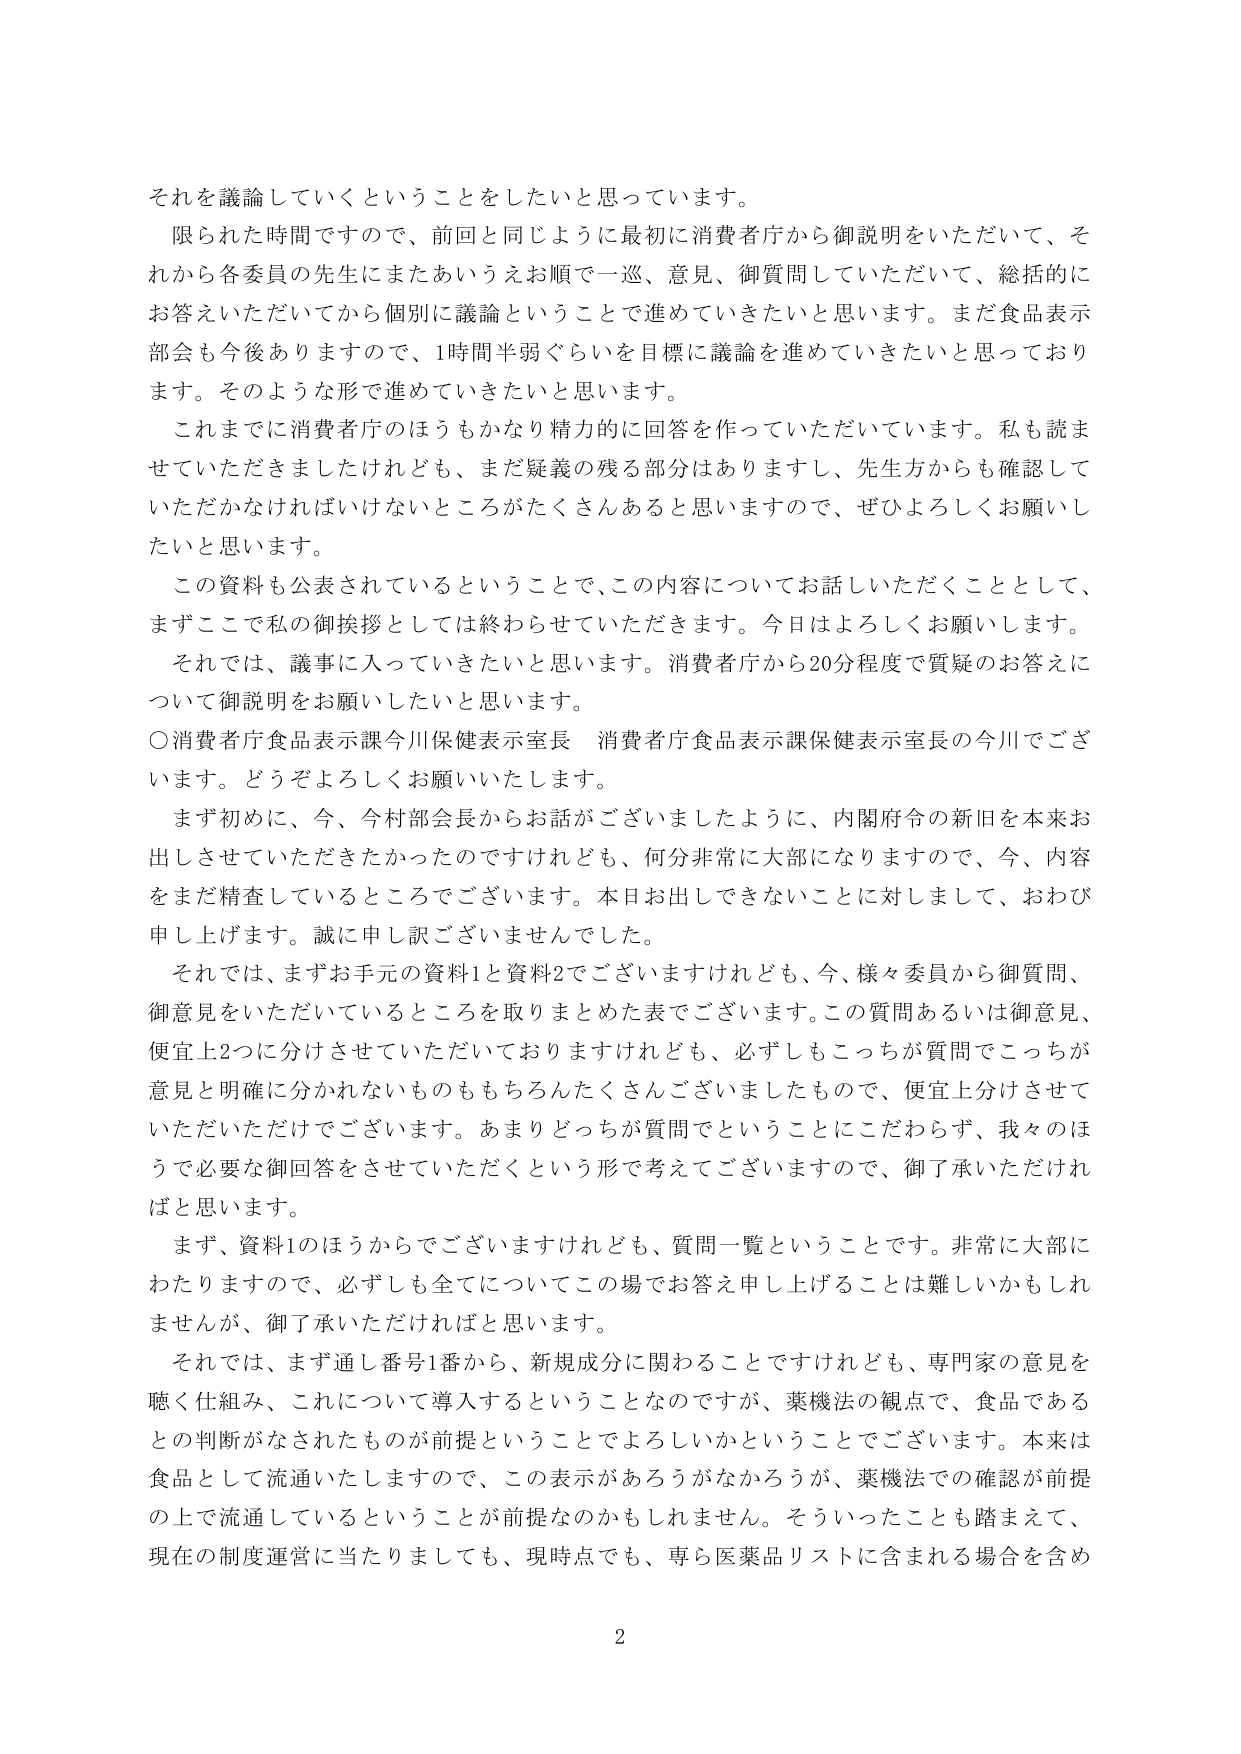
それを議論していくということをしたいと思っています。

限られた時間ですので、前回と同じように最初に消費者庁から御説明をいただいて、それから各委員の先生にまたあいうえお順で一巡、意見、御質問していただいて、総括的にお答えいただいてから個別に議論ということで進めていきたいと思います。まだ食品表示部会も今後ありますので、1時間半弱ぐらいを目標に議論を進めていきたいと思っております。そのような形で進めていきたいと思います。

これまでに消費者庁のほうもかなり精力的に回答を作っていただいています。私も読ませていただきましたけれども、まだ疑義の残る部分はありますし、先生方からも確認していただかなければならないところがたくさんあると思いますので、ぜひよろしくお願いしたいと思います。

この資料も公表されているということで、この内容についてお話しいただくこととして、まずここで私の御挨拶としては終わらせていただきます。今日はよろしくお願いします。

それでは、議事に入っていきたいと思います。消費者庁から20分程度で質疑のお答えについて御説明をお願いしたいと思います。

○消費者庁食品表示課今川保健表示室長 消費者庁食品表示課保健表示室長の今川でございます。どうぞよろしくお願いいたします。

まず初めに、今、今村部会長からお話がございましたように、内閣府令の新旧を本来お出しさせていただきたいかったのですけれども、何分非常に大部になりますので、今、内容をまだ精査しているところでございます。本日お出しできないことに対しまして、おわび申し上げます。誠に申し訳ございませんでした。

それでは、まずお手元の資料1と資料2でございますけれども、今、様々委員から御質問、御意見をいただいているところを取りまとめた表でございます。この質問あるいは御意見、便宜上2つに分けさせていただいておりますけれども、必ずしもこっちが質問でこっちが意見と明確に分かれないものももちろんたくさんございましたもので、便宜上分けさせていただいただけでございます。あまりどっちが質問でということにこだわらず、我々のほうで必要な御回答をさせていただくという形で考えてございますので、御了承いただければと思います。

まず、資料1のほうからでございますけれども、質問一覧ということです。非常に大部にわたりますので、必ずしも全てについてこの場でお答え申し上げることは難しいかもしれませんが、御了承いただければと思います。

それでは、まず通し番号1番から、新規成分に関わることですけれども、専門家の意見を聴く仕組み、これについて導入するということなのですが、薬機法の観点で、食品であるとの判断がなされたものが前提ということでよろしいかということでございます。本来は食品として流通いたしますので、この表示があろうがなかろうが、薬機法での確認が前提の上で流通しているということが前提なのかもしれません。そういったことも踏まえて、現在の制度運営に当たりまして、現時点でも、専ら医薬品リストに含まれる場合を含め

2